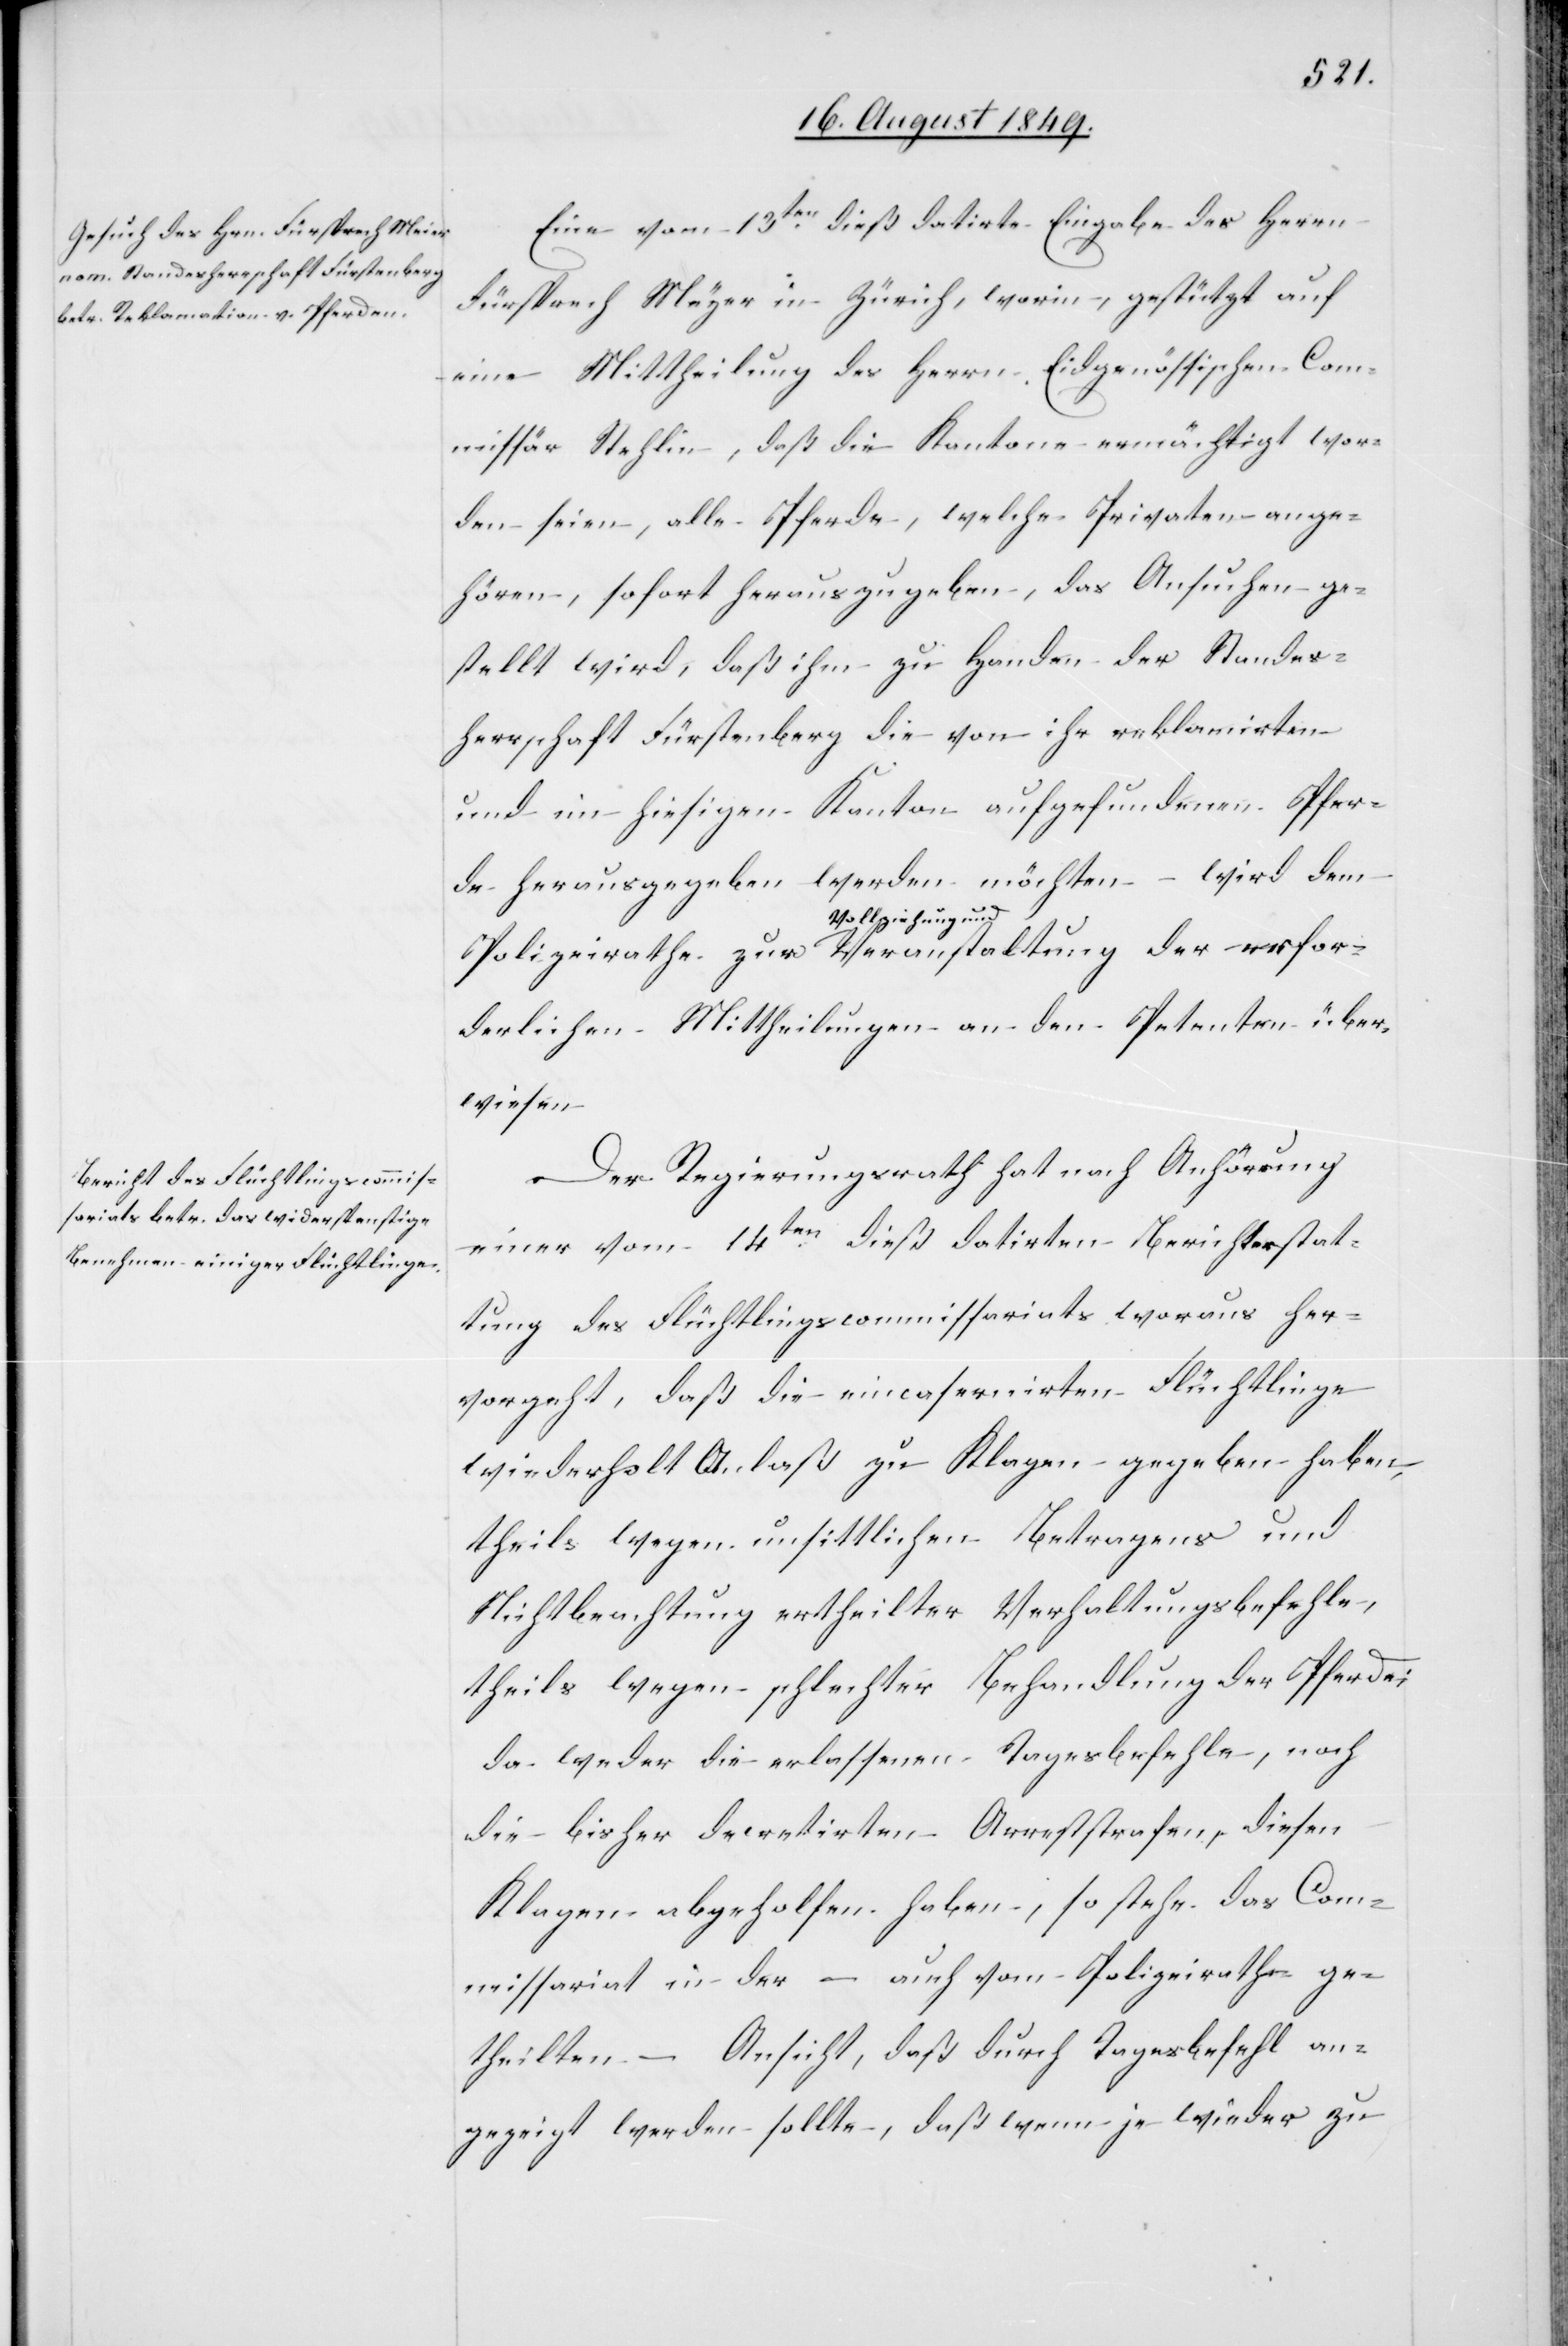
Eine vom 13ten dieß datirte Eingabe des Herrn
Fürsprech Meyer in Zürich, worin, gestützt auf
eine Mittheilung des Herrn Eidgenössischen Com¬
missär Stehlin, daß die Kantone ermächtigt wor¬
den seien, alle Pferde, welche Privaten ange¬
hören, sofort herauszugeben, das Ansuchen ge¬
stellt wird, daß ihm zu Handen der Standes¬
herrschaft Fürstenberg die von ihr reklamirten
und im hiesigen Kanton aufgefundenen Pfer¬
de herausgegeben werden möchten – wird dem
a-Vollziehung und-a
derlichen Mittheilungen an den Petenten über¬
wiesen.
Der Regierungsrath hat nach Anhörung
einer vom 14ten dieß datirten Berichterstat¬
tung des Flüchtlingscommissariats woraus her¬
vorgeht, daß die eincasernirten Flüchtlinge
wiederholt Anlaß zu Klagen gegeben haben,
theils wegen unsittlichen Betragens und
Nichtbeachtung ertheilter Verhaltungsbefehle,
theils wegen schlechter Behandlung der Pferde;
da weder die erlassenen Tagesbefehle, nach
die bisher decretirten Arreststrafen, diesen
Klagen abgeholfen haben, so stehe das Com¬
missariat in der – auch vom Polizeirathe ge¬
theilten – Ansicht, daß durch Tagesbefehl an¬
gezeigt werden sollte, daß wenn je wieder zu